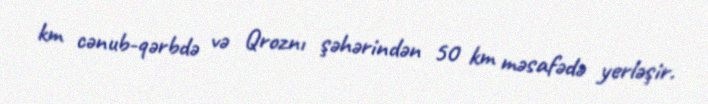
km cənub-qərbdə və Qroznı şəhərindən 50 km məsafədə yerləşir.